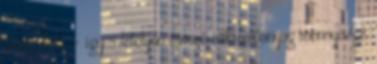
tevés előtt - így a lefolyón távozó mikroműanyag mennyisége